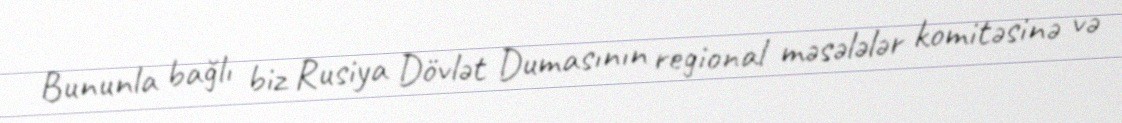
Bununla bağlı biz Rusiya Dövlət Dumasının regional məsələlər komitəsinə və